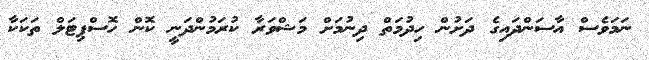
ނަމަވެސް އާސަންދައިގެ ދަށުން ހިދުމަތް ދިނުމަށް މަޝްވަރާ ކުރަމުންދަނީ ކޮން ހޮސްޕިޓަލް ތަކަކާ